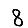
Digit: 8